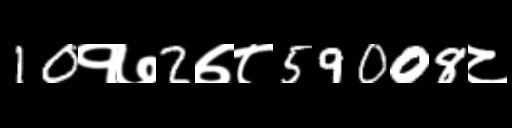
Text: 10१७2७८59008८